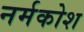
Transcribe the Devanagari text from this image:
नर्मकोश